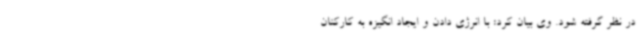
در نظر گرفته شود. وی بیان کرد: با انرژی دادن و ایجاد انگیزه به کارکنان